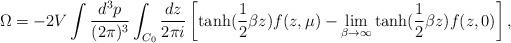
LaTeX: \begin{align*}\Omega =- 2 V \int \frac {d^3p} {(2\pi)^3} \int_{C_0} \frac{dz}{2\pi i} \left [\mbox{tanh} (\frac 12 \beta z) f(z,\mu)-\lim_{\beta\rightarrow \infty} \mbox{tanh} (\frac 12 \beta z) f(z,0) \right ],\end{align*}